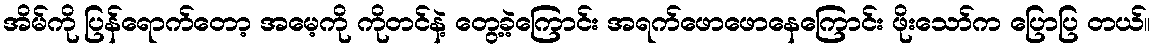
အိမ်ကို ပြန်ရောက်တော့ အမေ့ကို ကိုတင်နဲ့ တွေ့ခဲ့ကြောင်း အရက်ဖောဖောနေကြောင်း ဖိုးသော်က ပြောပြ တယ်။